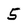
Character: 5